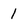
Character: 1